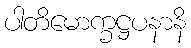
ပါတိမောက္ခဋ္ဌပနာနိ